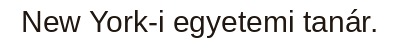
New York-i egyetemi tanár.